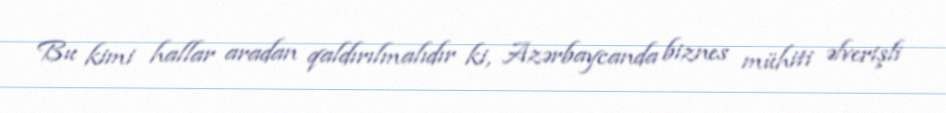
Bu kimi hallar aradan qaldırılmalıdır ki, Azərbaycanda biznes mühiti əlverişli